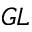
_ { G L }